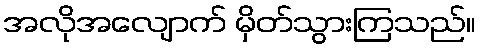
အလိုအလျောက် မှိတ်သွားကြသည်။